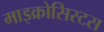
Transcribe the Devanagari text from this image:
माइक्रोसिस्टस